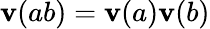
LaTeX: \mathbf{v}(ab)=\mathbf{v}(a)\mathbf{v}(b)